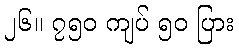
၂၆။ ၇၅၀ ကျပ် ၅၀ ပြား